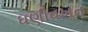
ઘણીવખત